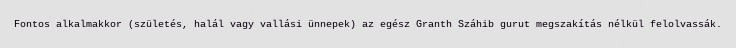
Fontos alkalmakkor (születés, halál vagy vallási ünnepek) az egész Granth Száhib gurut megszakítás nélkül felolvassák.